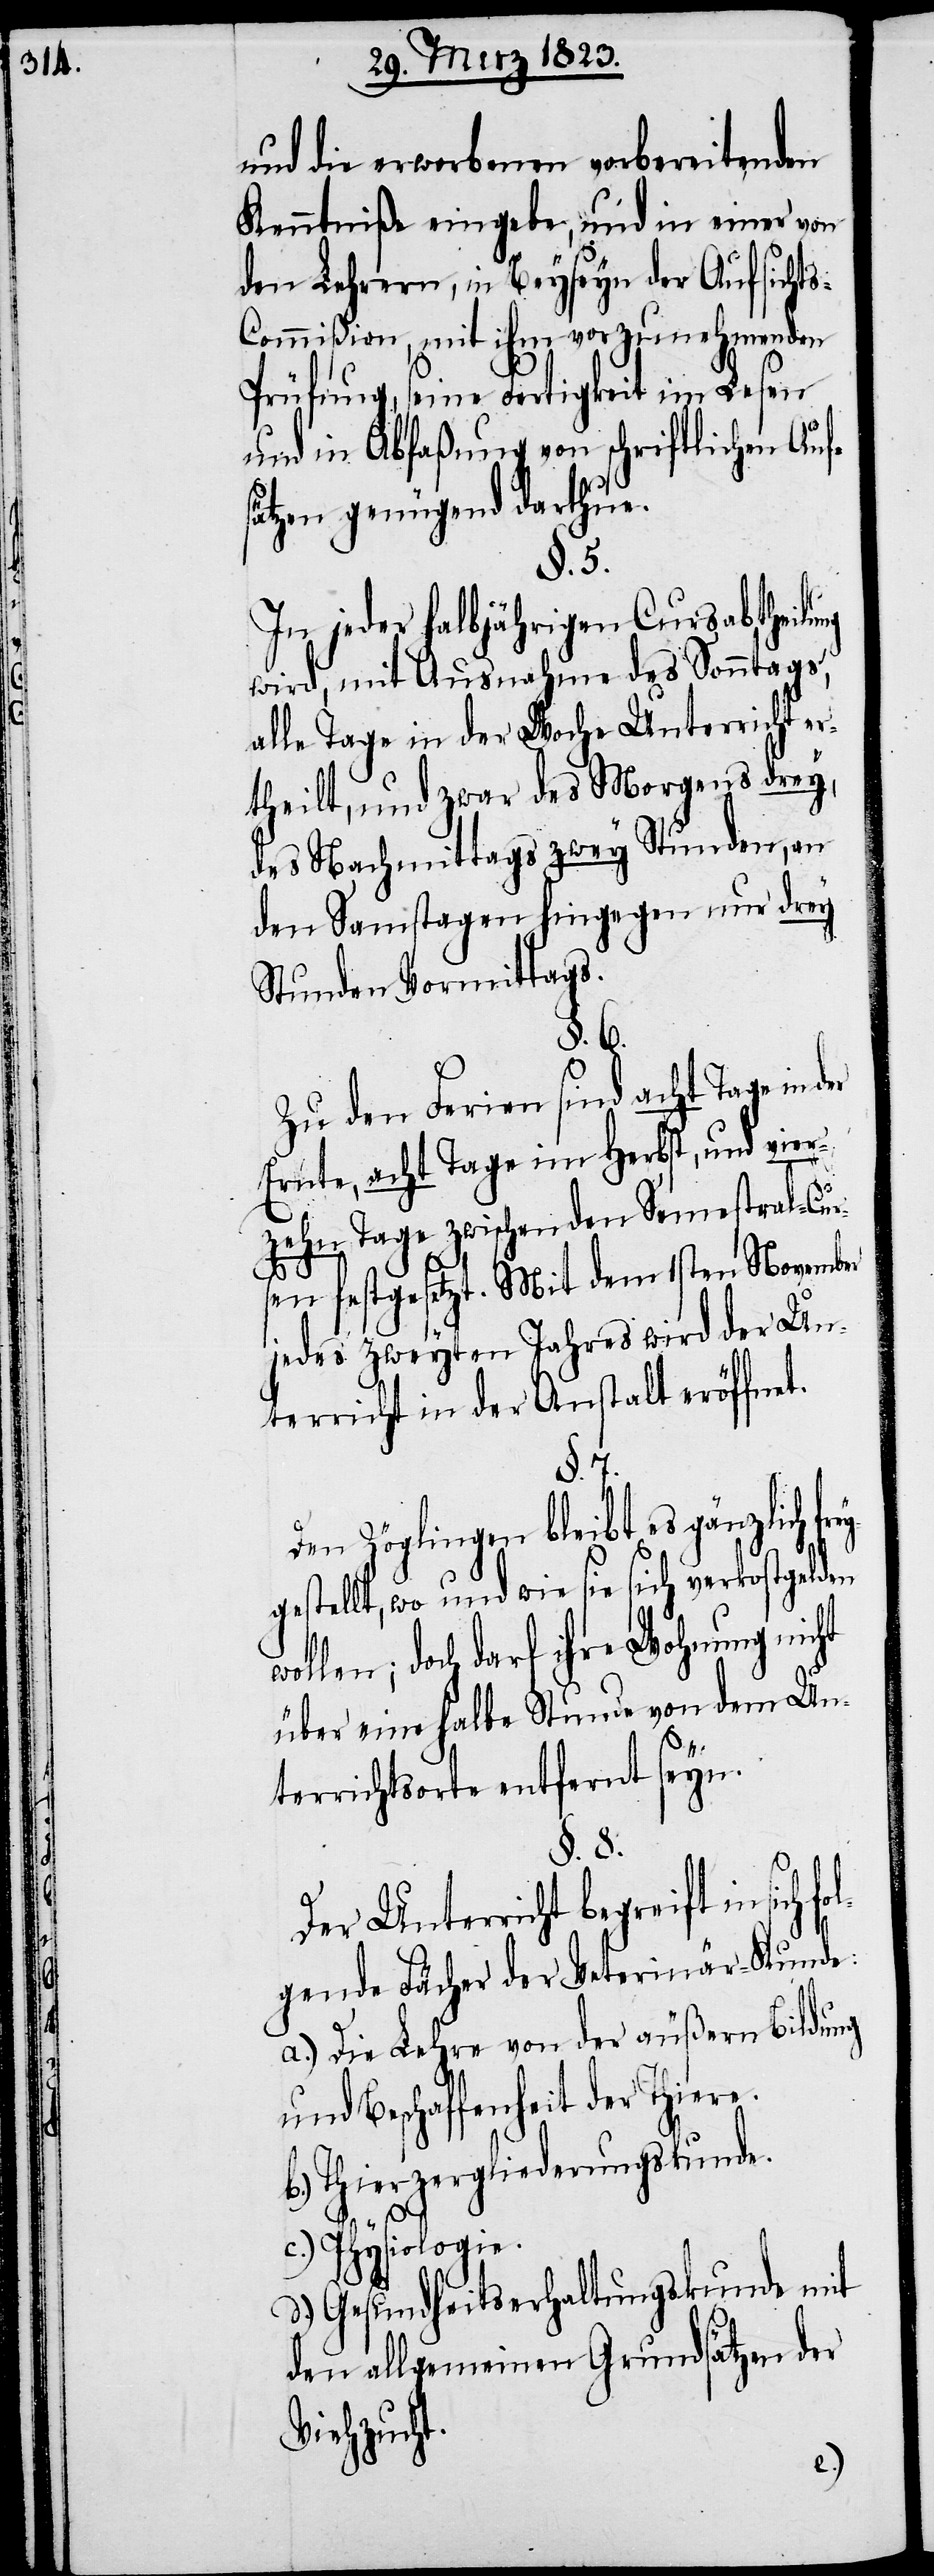
und die erworbenen vorbereitenden
Kenntniße eingebe, und in einer von
den Lehrern, in Beyseyn der Aufsicht¬
s-Commißion, mit ihm vorzunehmenden
Prüfung, seine Fertigkeit im Lesen
und in Abfaßung von schriftlichen Auf¬
sätzen genügend darthue.
§. 5.
In jeder halbjährigen Cursabtheilung
wird, mit Ausnahme des Sonntags,
alle Tage in der Woche Unterricht er¬
theilt, und zwar des Morgens drey,
des Nachmittags zwey Stunden, an
den Samstagen hingegen nur drey
Stunden Vormittags.
§. 6.
Zu den Ferien sind acht Tage in
Ernte, achtTage im Herbst, und vier¬
zehn Tage zwischen den Semestral-Cur¬
sen festgesetzt. Mit dem 1sten November
jedes zweyten Jahres wird der Un¬
terricht in der Anstalt eröffnet.
§. 7.
Den Zöglingen bleibt es gänzlich f¬
gestellt, wo und wie sie sich verkostgelden
wollen; doch darf ihre Wohnung nicht
über eine halbe Stunde von dem Un¬
terrichtsorte entfernt seyn.
§. 8.
Der Unterricht begreift in sich
gende Fächer der Veterinär-Kunde:
a.) Die Lehre von der äußern Bildung
und Beschaffenheit der Thiere.
b.) Thierzergliederungskunde.
fol¬
c.) Physiologie.
d.) Gesundheitserhaltungskunde mit
den allgemeinen Grundsätzen der
Viehzucht.